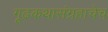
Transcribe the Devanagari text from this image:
गूढकथासंग्रहाचेच